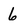
Character: 6